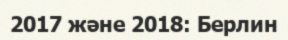
2017 және 2018: Берлин